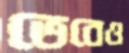
ভেবেও